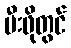
မီးဖိုတွင်